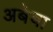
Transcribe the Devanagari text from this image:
अबेबा